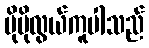
ပိုမိုလွယ်ကူပါသည်